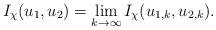
\begin{align*}I_\chi(u_1,u_2)=\lim_{k \to \infty}I_{\chi}(u_{1,k}, u_{2,k}).\end{align*}